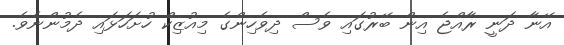
އޭނާ ދަނީ ރާއްޖެ އިން ބޭރުގައި ވެސް ދިވެހިންގެ މިއުޒިކް ހުށަހަޅައި ދެމުންނެވެ.